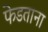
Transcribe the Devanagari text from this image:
फेडताना